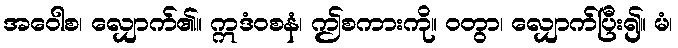
အဝေါစ၊ လျှောက်၏။ ဣဒံဝစနံ၊ ဤစကားကို။ ဝတွာ၊ လျှောက်ပြီး၍။ မံ၊